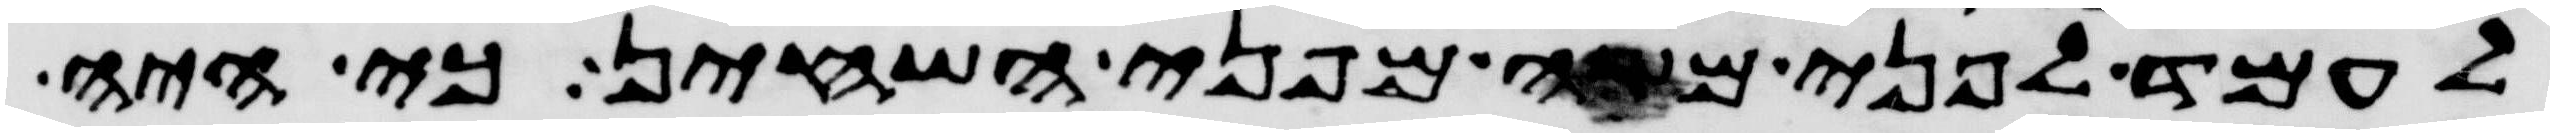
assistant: לעמד לפני משה מפני השחין כי היה